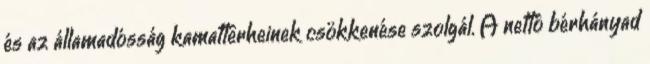
és az államadósság kamatterheinek csökkenése szolgál. A nettó bérhányad